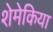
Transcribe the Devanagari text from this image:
शेमेकिया